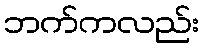
ဘက်ကလည်း